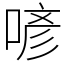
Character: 喭